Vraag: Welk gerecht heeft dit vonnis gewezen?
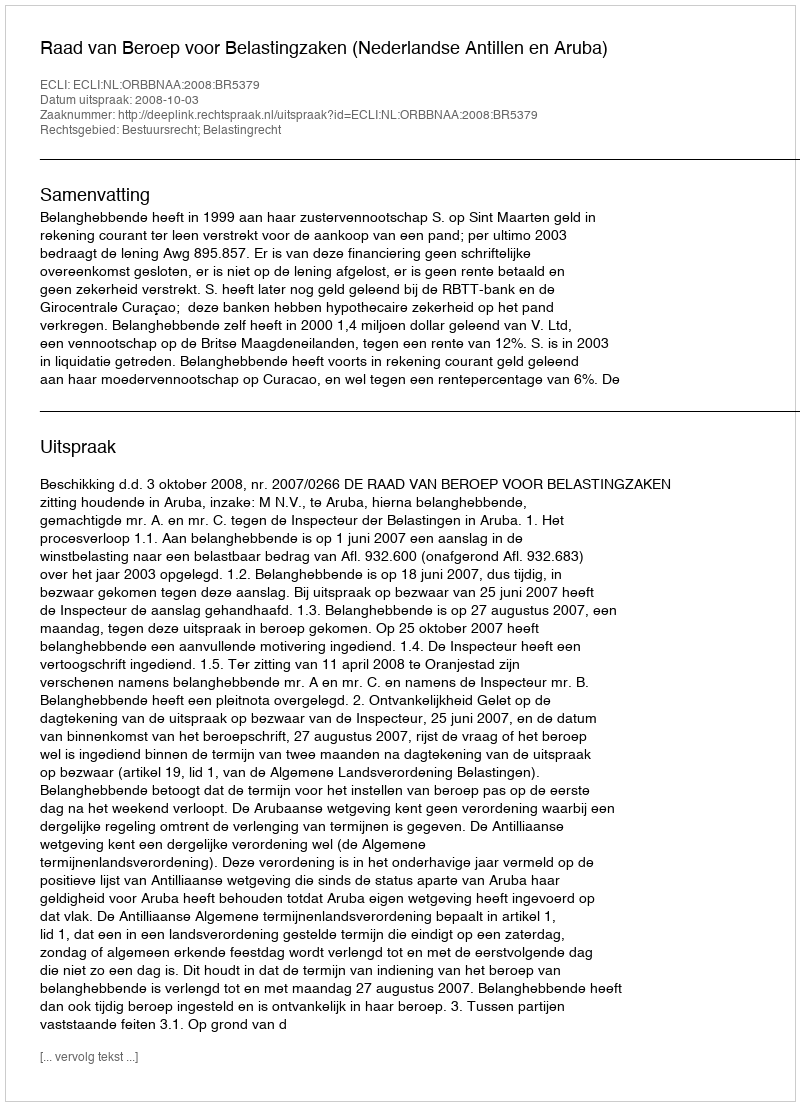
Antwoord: Raad van Beroep voor Belastingzaken (Nederlandse Antillen en Aruba)